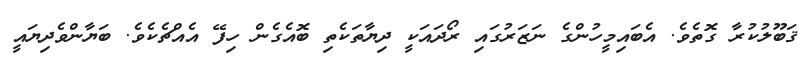
ޤަބޫލުކުރާ ގޮތެވެ. އެބައިމީހުންގެ ނަޒަރުގައި ރޯދައަކީ ދިޔާތަކެތި ބޮއެގެން ހިފޭ އެއްޗެކެވެ. ބަޔާންވެދިޔައީ